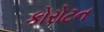
કોરોટન